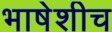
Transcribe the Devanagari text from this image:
भाषेशीच